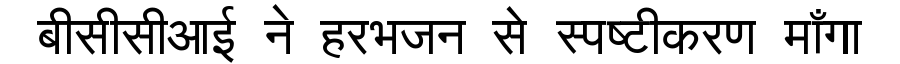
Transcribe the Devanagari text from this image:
बीसीसीआई ने हरभजन से स्पष्टीकरण माँगा